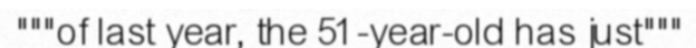
"""of last year, the 51-year-old has just"""